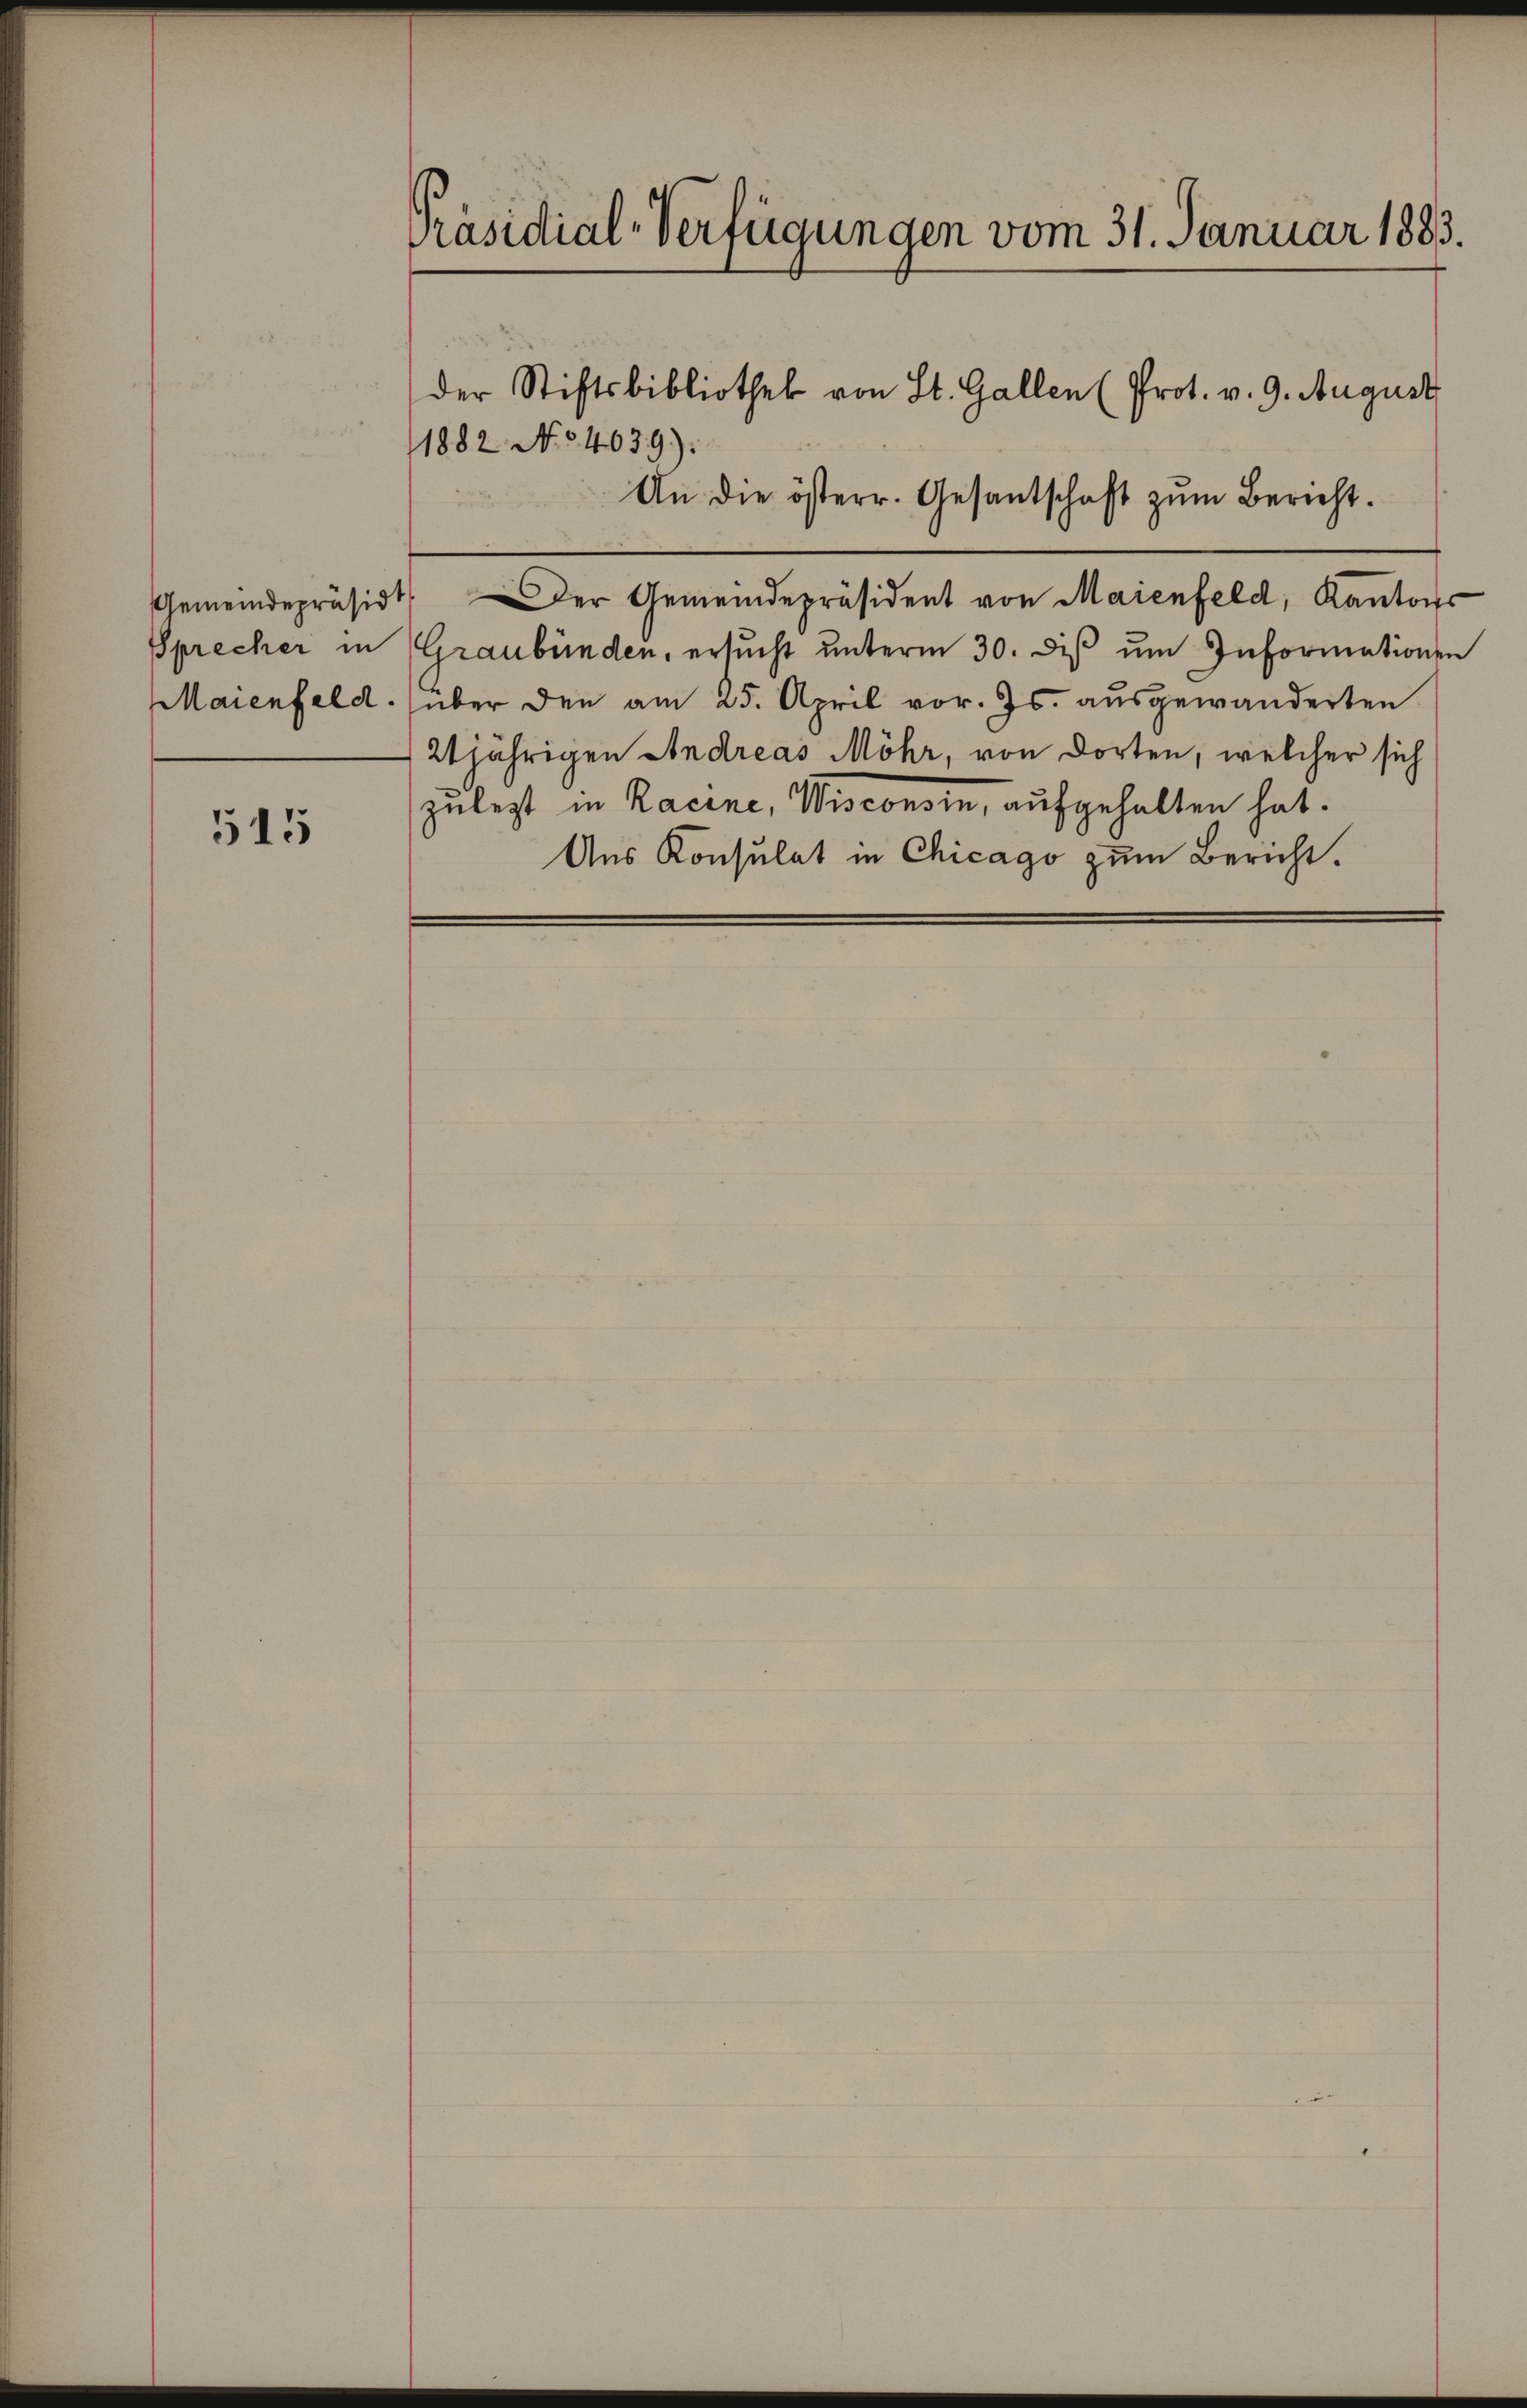
Sprecher in
Maienfeld.

515

Präsidial-Verfügungen vom 31. Januar 1883.

der Stiftsbibliothek von St. Gallen (Prot. v. 9. August

1882 No 4039):
Gemeindepräsidt. Der Gemeindepräsidert von Maienfeld, Kantons
Graubünden, ersucht unterm 30. dis um Informationen
über den am 25. April vor. Js. ausgewanderten
21jährigen Andreas Möhr, von dorten, welcher sich
zulezt in Racine, Wisconsin, aufgehalten hat.
Aus Konsulat in Chicago zum Bericht.

An die österr. Gesantschaft zŭm Bericht.